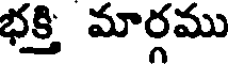
భక్తి మార్గము